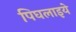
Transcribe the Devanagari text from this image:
पिघलाइये